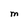
Character: M